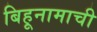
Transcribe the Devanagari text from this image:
बिहूनामाची